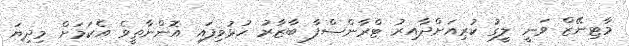
މާޓިނޭޒް ވަނީ ލީގު ކުރިއަށްދާއިރު ޓްރާންސްފާ ބާޒާރު ހުޅުވިފައި އޮންނާތީވެ އެކަމަށް މިދިޔަ